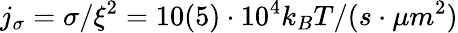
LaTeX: j_{\sigma}=\sigma/\xi^{2}=10(5)\cdot 10^{4}k_{B}T/(s\cdot\mu m^{2})